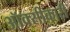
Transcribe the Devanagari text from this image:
ऑक्सीकारी